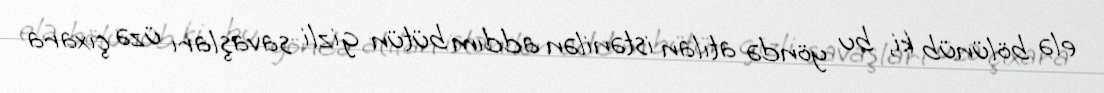
elə bölünüb ki, bu yöndə atılan istənilən addım bütün gizli savaşları üzə çıxara